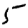
Digit: 5